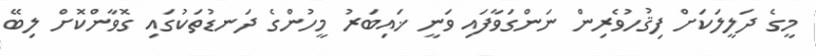
މީގެ ދަލީލަކަށް ފިޤުހުވެރިން ނަންގަވާފައި ވަނީ ޚައިބަރު މީހުންގެ ދަނޑުތަކުގައި ގޮވާންކޮށް ލިބޭ